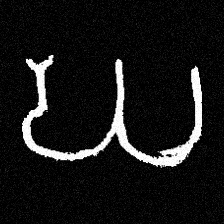
Pyu character \u2014 Myanmar letter: ဃ (romanized: gha)